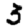
Digit: 3